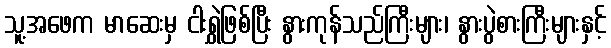
သူ့အဖေက မာဆေးမှ ငါးရွှဲဖြစ်ပြီး နွားကုန်သည်ကြီးများ၊ နွားပွဲစားကြီးများနှင့်